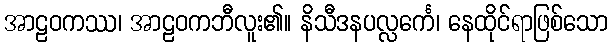
အာဠဝကဿ၊ အာဠဝကဘီလူး၏။ နိသီဒနပလ္လင်္ကေ၊ နေထိုင်ရာဖြစ်သော